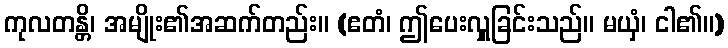
ကုလတန္တိ၊ အမျိုး၏အဆက်တည်း။ (ဧတံ၊ ဤပေးလှူခြင်းသည်။ မယှံ၊ ငါ၏။)